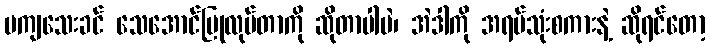
မကျသေးခင် သေအောင်ပြုလုပ်တာကို ဆိုတာပါပဲ၊ အဲဒါကို အရပ်သုံးစကားနဲ့ ဆိုရင်တော့